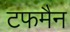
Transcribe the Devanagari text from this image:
टफमैन